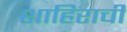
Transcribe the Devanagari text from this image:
शाहिराची